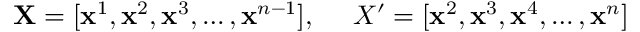
\mathbf { X } = [ \mathbf { x } ^ { 1 } , \mathbf { x } ^ { 2 } , \mathbf { x } ^ { 3 } , \dots , \mathbf { x } ^ { n - 1 } ] , \ \ \ \ X ^ { \prime } = [ \mathbf { x } ^ { 2 } , \mathbf { x } ^ { 3 } , \mathbf { x } ^ { 4 } , \dots , \mathbf { x } ^ { n } ]